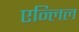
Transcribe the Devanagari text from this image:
एन्लिल